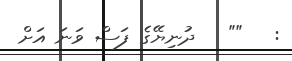
:   ""   ދުނިޔޭގެ ފަސް ވަނަ އަށް